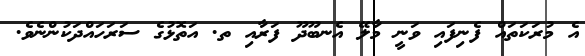
އެ މުރަކަތައް ފެނިފައި ވަނީ މާލޭ އެނބޫދޫ ފަރާއި ތ. އަތޮޅުގެ ސަރަހައްދަކުންނެވެ.